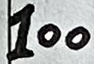
Text: 100